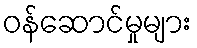
ဝန်ဆောင်မှုများ